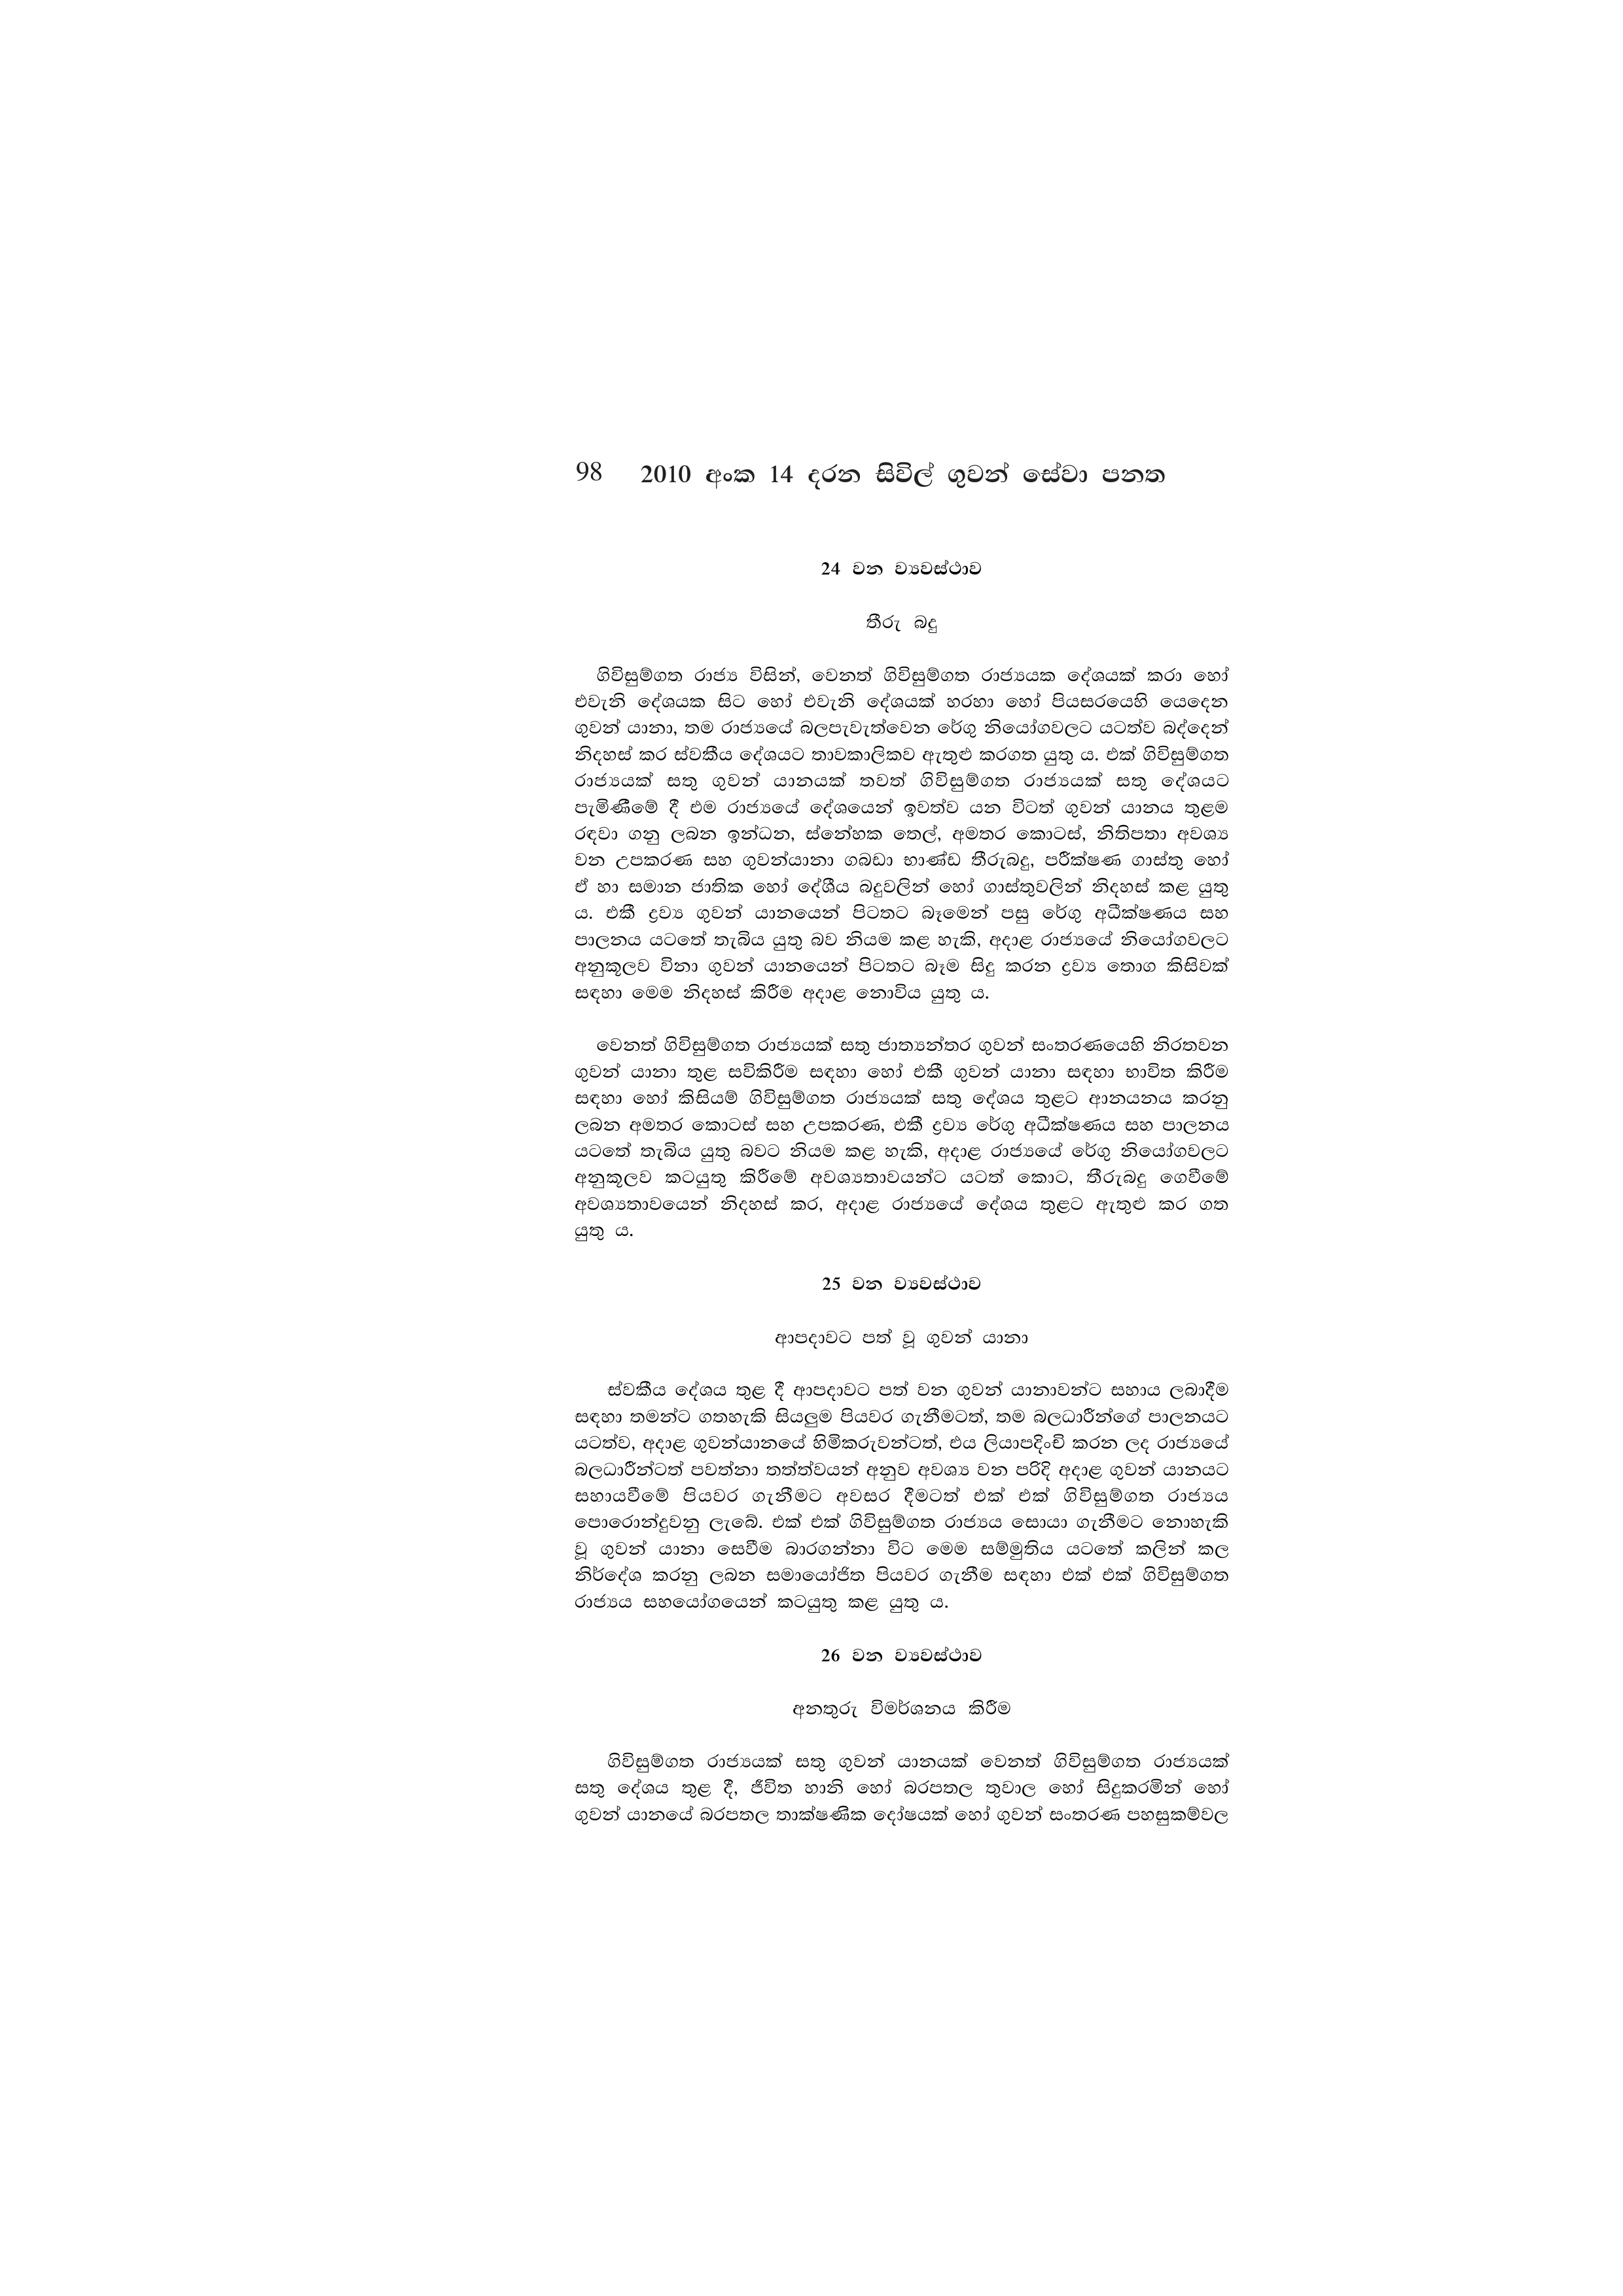
98 2010 අංක 14 දරන සිවිල් ගුවන් සේවා පනත

24 වන ව්‍යවස්ථාව

තීරු බදු

ගිවිසුම්ගත රාජ්‍ය විසින්, වෙනත් ගිවිසුම්ගත රාජ්‍යයක දේශයක් කරා හෝ
එවැනි දේශයක සිට හෝ එවැනි දේශයක් හරහා හෝ පියසරයෙහි යෙදෙන
ගුවන් යානා, තම රාජ්‍යයේ බලපැවැත්වෙන රේගු නියෝගවලට යටත්ව බද්දෙන්
නිදහස් කර ස්වකීය දේශයට තාවකාලිකව ඇතුළු කරගත යුතු ය. එක් ගිවිසුම්ගත
රාජ්‍යයක් සතු ගුවන් යානයක් තවත් ගිවිසුම්ගත රාජ්‍යයක් සතු දේශයට
පැමිණීමේ දී එම රාජ්‍යයේ දේශයෙන් ඉවත්ව යන විටත් ගුවන් යානය තුළම
රඳවා ගනු ලබන ඉන්ධන, ස්නේහක තෙල්, අමතර කොටස්, නිතිපතා අවශ්‍ය
වන උපකරණ සහ ගුවන්යානා ගබඩා භාණ්ඩ තීරුබදු, පරීක්ෂණ ගාස්තු හෝ
ඒ හා සමාන ජාතික හෝ දේශීය බදුවලින් හෝ ගාස්තුවලින් නිදහස් කළ යුතු
ය. එකී ද්‍රව්‍ය ගුවන් යානයෙන් පිටතට බෑමෙන් පසු රේගු අධීක්ෂණය සහ
පාලනය යටතේ තැබිය යුතු බව නියම කළ හැකි, අදාළ රාජ්‍යයේ නියෝගවලට
අනුකූලව විනා ගුවන් යානයෙන් පිටතට බෑම සිදු කරන ද්‍රව්‍ය තොග කිසිවක්
සඳහා මෙම නිදහස් කිරීම අදාළ නොවිය යුතු ය.

වෙනත් ගිවිසුම්ගත රාජ්‍යයක් සතු ජාත්‍යන්තර ගුවන් සංතරණයෙහි නිරතවන
ගුවන් යානා තුළ සවිකිරීම සඳහා හෝ එකී ගුවන් යානා සඳහා භාවිත කිරීම
සඳහා හෝ කිසියම් ගිවිසුම්ගත රාජ්‍යයක් සතු දේශය තුළට ආනයනය කරනු
ලබන අමතර කොටස් සහ උපකරණ, එකී ද්‍රව්‍ය රේගු අධීක්ෂණය සහ පාලනය
යටතේ තැබිය යුතු බවට නියම කළ හැකි, අදාළ රාජ්‍යයේ රේගු නියෝගවලට
අනුකූලව කටයුතු කිරීමේ අවශ්‍යතාවයන්ට යටත් කොට, තීරුබදු ගෙවීමේ
අවශ්‍යතාවයෙන් නිදහස් කර, අදාළ රාජ්‍යයේ දේශය තුළට ඇතුළු කර ගත
යුතු ය.

25 වන ව්‍යවස්ථාව

ආපදාවට පත් වූ ගුවන් යානා

ස්වකීය දේශය තුළ දී ආපදාවට පත් වන ගුවන් යානාවන්ට සහාය ලබාදීම
සඳහා තමන්ට ගතහැකි සියලුම පියවර ගැනීමටත්, තම බලධාරීන්ගේ පාලනයට
යටත්ව, අදාළ ගුවන්යානයේ හිමිකරුවන්ටත්, එය ලියාපදිංචි කරන ලද රාජ්‍යයේ
බලධාරීන්ටත් පවත්නා තත්ත්වයන් අනුව අවශ්‍ය වන පරිදි අදාළ ගුවන් යානයට
සහායවීමේ පියවර ගැනීමට අවසර දීමටත් එක් එක් ගිවිසුම්ගත රාජ්‍යය
පොරොන්දුවනු ලැබේ. එක් එක් ගිවිසුම්ගත රාජ්‍යය සොයා ගැනීමට නොහැකි
වූ ගුවන් යානා සෙවීම බාරගන්නා විට මෙම සම්මුතිය යටතේ කලින් කල
නිර්දේශ කරනු ලබන සමායෝජිත පියවර ගැනීම සඳහා එක් එක් ගිවිසුම්ගත
රාජ්‍යය සහයෝගයෙන් කටයුතු කළ යුතු ය.

26 වන ව්‍යවස්ථාව

අනතුරු විමර්ශනය කිරීම

ගිවිසුම්ගත රාජ්‍යයක් සතු ගුවන් යානයක් වෙනත් ගිවිසුම්ගත රාජ්‍යයක්
සතු දේශය තුළ දී, ජීවිත හානි හෝ බරපතල තුවාල හෝ සිදුකරමින් හෝ
ගුවන් යානයේ බරපතල තාක්ෂණික දෝෂයක් හෝ ගුවන් සංතරණ පහසුකම්වල